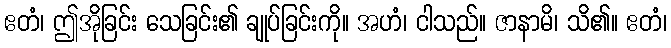
ဧတံ၊ ဤအိုခြင်း သေခြင်း၏ ချုပ်ခြင်းကို။ အဟံ၊ ငါသည်။ ဇာနာမိ၊ သိ၏။ ဧတံ၊